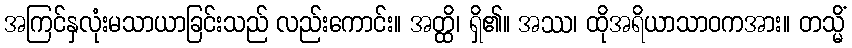
အကြင်နှလုံးမသာယာခြင်းသည် လည်းကောင်း။ အတ္ထိ၊ ရှိ၏။ အဿ၊ ထိုအရိယာသာဝကအား။ တသ္မိံ